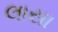
લાસા